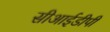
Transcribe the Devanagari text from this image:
सीआईडीपी